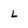
Character: L